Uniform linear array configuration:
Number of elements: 4
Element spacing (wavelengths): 0.25
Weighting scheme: hamming
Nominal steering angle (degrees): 60
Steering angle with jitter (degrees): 61.343
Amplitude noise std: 0.05
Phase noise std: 0.05

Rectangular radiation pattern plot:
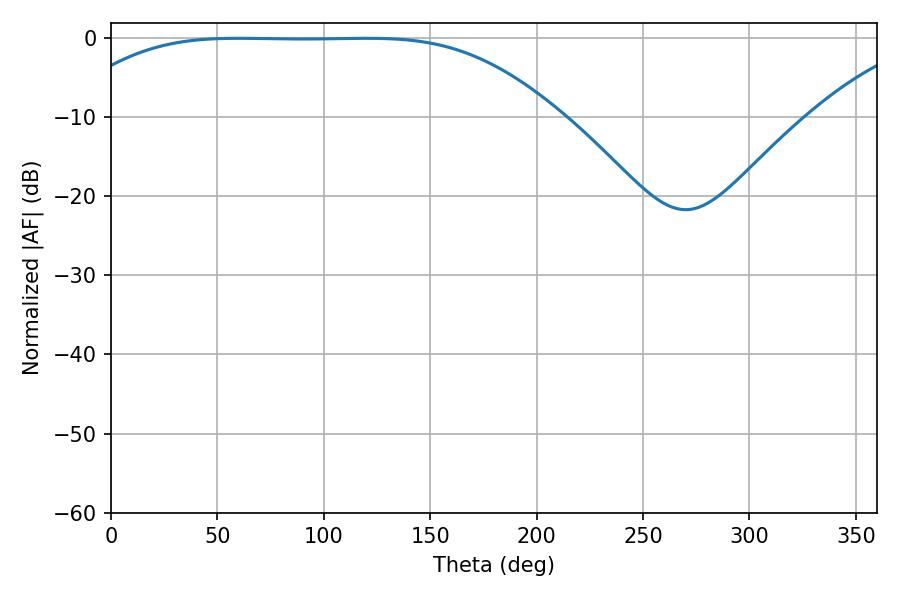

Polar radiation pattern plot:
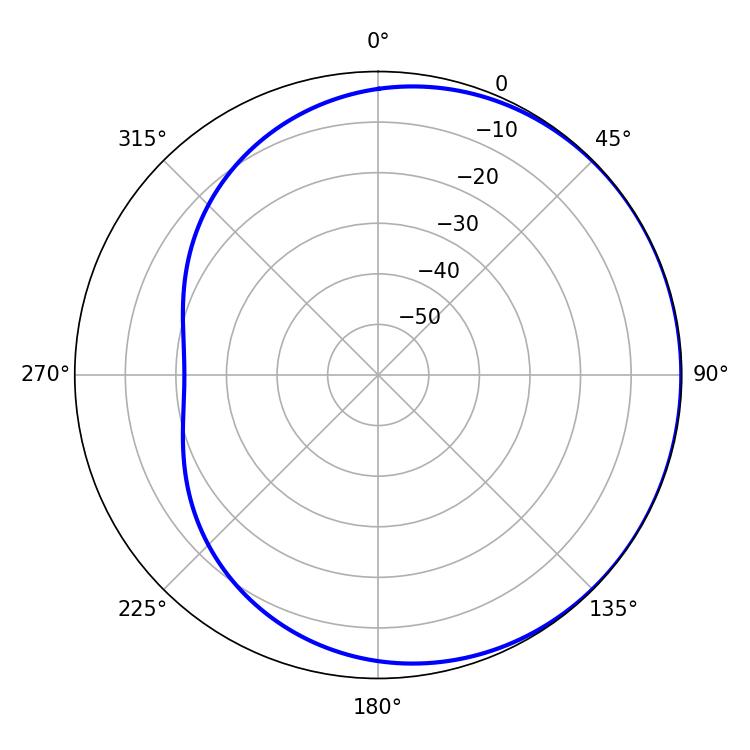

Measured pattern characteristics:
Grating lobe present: FALSE
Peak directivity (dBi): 0.494
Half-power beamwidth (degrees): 173.52
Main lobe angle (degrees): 59.76